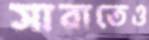
সারাতেও